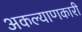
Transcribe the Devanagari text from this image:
अकल्याणकारी